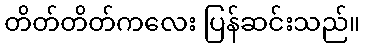
တိတ်တိတ်ကလေး ပြန်ဆင်းသည်။